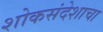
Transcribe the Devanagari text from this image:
शोकसंदेशाचा